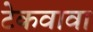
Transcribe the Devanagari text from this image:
टेकवावा